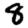
Digit: 8